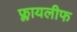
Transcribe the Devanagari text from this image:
फ्लायलीफ